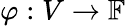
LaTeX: \varphi:V\to{\mathbb{F}}